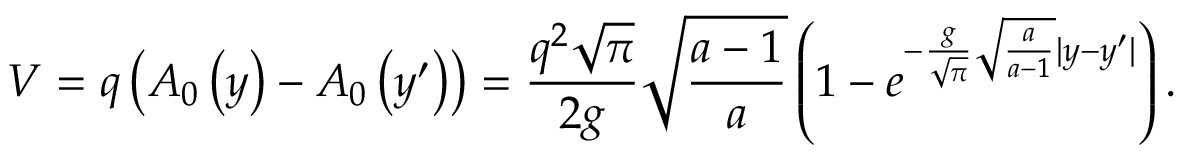
V = q \left( { { \cal A } _ { 0 } \left( y \right) - { \cal A } _ { 0 } \left( { y ^ { \prime } } \right) } \right) = \frac { { q ^ { 2 } \sqrt \pi } } { { 2 g } } \sqrt { \frac { a - 1 } { { a } } } \left( { 1 - e ^ { - \frac { g } { { \sqrt \pi } } \sqrt { \frac { a } { { a - 1 } } } | y - y ^ { \prime } | } } \right) .